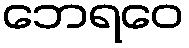
ဘေရဝေ